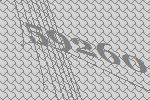
59260